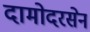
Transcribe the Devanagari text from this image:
दामोदरसेन